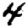
Digit: 4